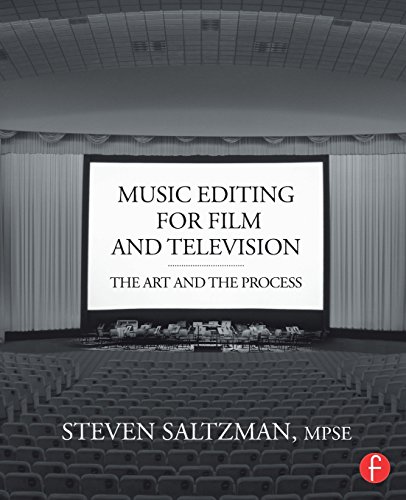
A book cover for Music Editing for Film and Television: The Art and the Process; Steven Saltzman; Humor & Entertainment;